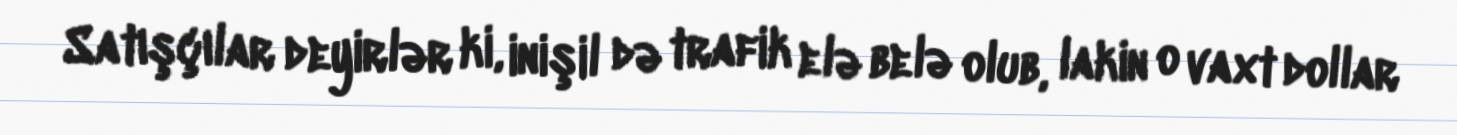
Satışçılar deyirlər ki, inişil də trafik elə belə olub, lakin o vaxt dollar